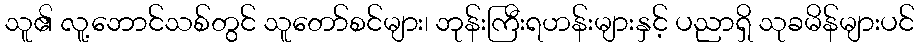
သူ၏ လူ့ဘောင်သစ်တွင် သူတော်စင်များ၊ ဘုန်းကြီးရဟန်းများနှင့် ပညာရှိ သုခမိန်များပင်